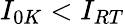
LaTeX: I_{0K}<I_{RT}